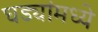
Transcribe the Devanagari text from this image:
घड्यांमध्ये